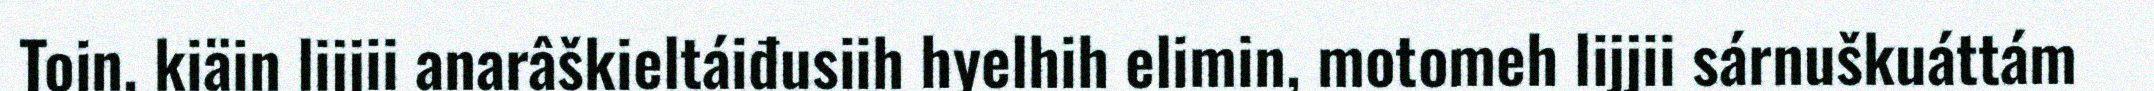
Toin, kiäin lijjii anarâškieltáiđusiih hyelhih elimin, motomeh lijjii sárnuškuáttám